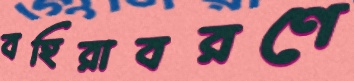
বহিরাবরণে